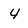
Character: 4